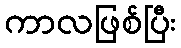
ကာလဖြစ်ပြီး